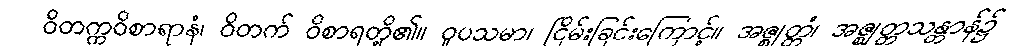
ဝိတက္ကဝိစာရာနံ၊ ဝိတက် ဝိစာရတို့၏။ ဝူပသမာ၊ ငြိမ်းခြင်းကြောင့်။ အဇ္ဈတ္တံ၊ အဇ္ဈတ္တသန္တာန်၌